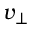
v _ { \perp }